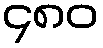
၄၈၀